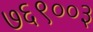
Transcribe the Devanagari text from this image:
७६९००३